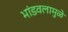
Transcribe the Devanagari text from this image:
भांडवलामुळे